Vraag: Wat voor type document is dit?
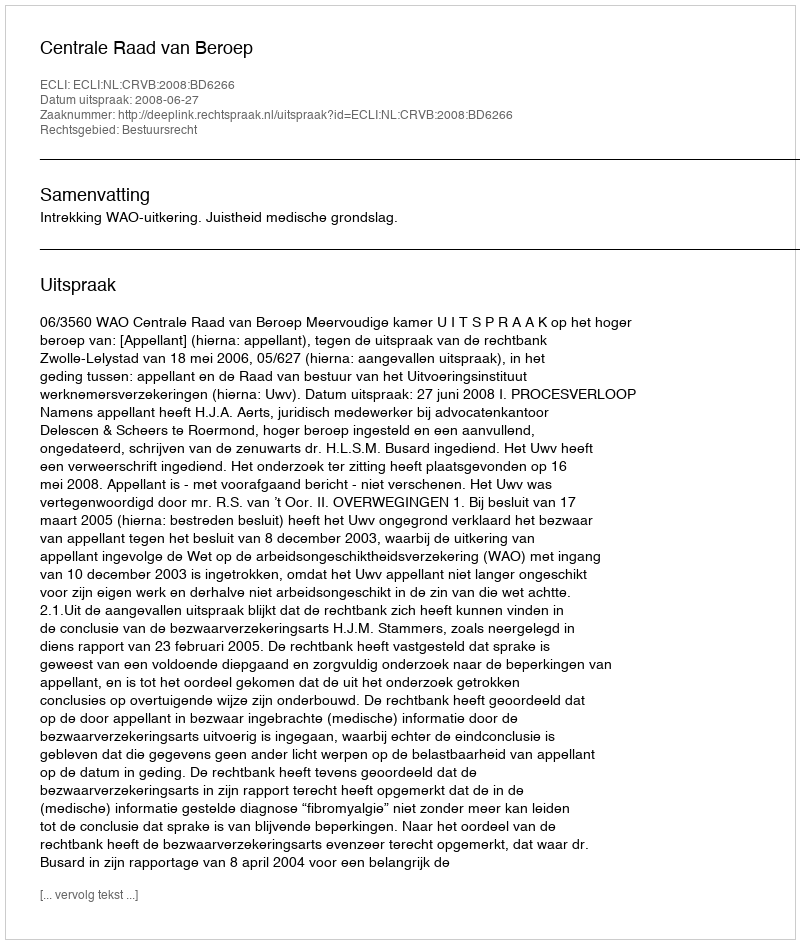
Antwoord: Uitspraak